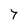
Character: 7